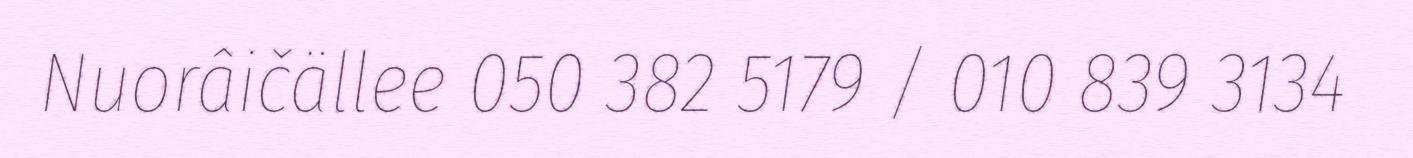
Nuorâičällee 050 382 5179 / 010 839 3134